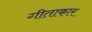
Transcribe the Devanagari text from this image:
गीताकार